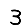
Digit: 3